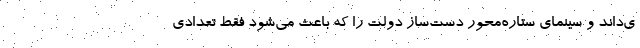
ی‌داند و سینمای ستاره‌محور دست‌ساز دولت را که باعث می‌شود فقط تعدادی